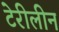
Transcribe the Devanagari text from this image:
टेरीलीन